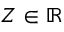
Z \in \mathbb { R }